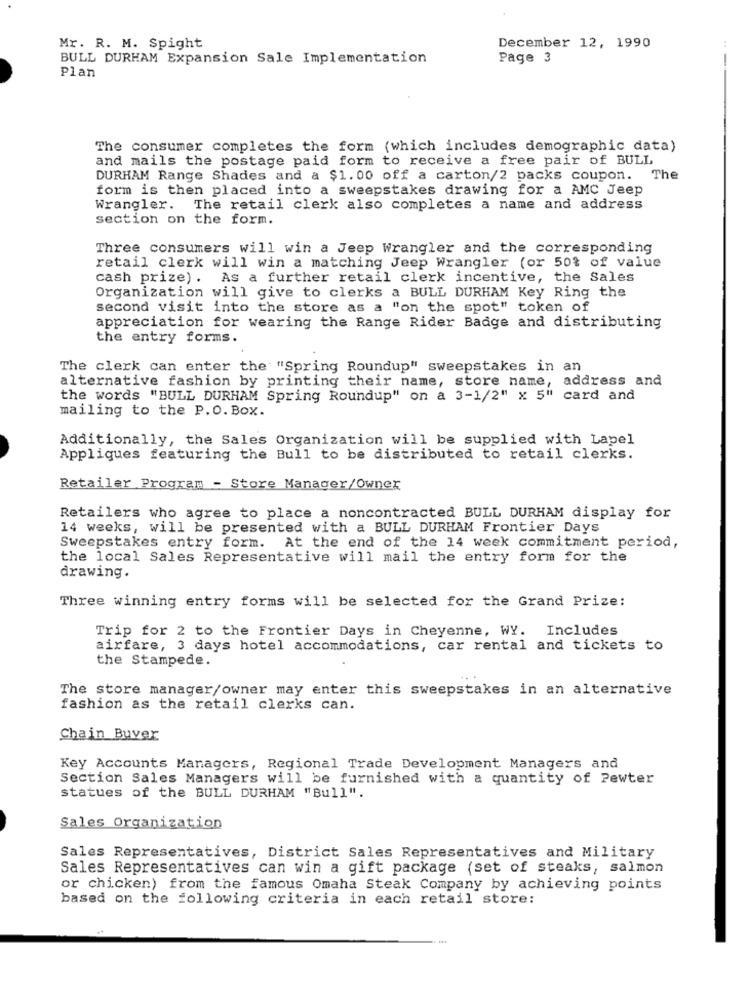
Mr. R. M. Spight
December 12, 1990
BULL DURHAM Expansion Sale Implementation
Page 3
-
Plan
The consumer completes the form (which includes demographic data)
and mails the postage paid form to receive a free pair of BULL
DURHAM Range Shades and a $1.00 off a carton/2 packs coupon. The
form is then placed into a sweepstakes drawing for a AMC Jeep
Wrangler. The retail clerk also completes a name and address
section on the form.
Three consumers will win a Jeep Wrangler and the corresponding
retail clerk will win a matching Jeep Wrangler (or 50% of value
cash prize) . As a further retail clerk incentive, the Sales
Organization will give to clerks a BULL DURHAM Key Ring the
second visit into the store as a "on the spot" token of
appreciation for wearing the Range Rider Badge and distributing
the entry forms.
The clerk can enter the "Spring Roundup" sweepstakes in an
alternative fashion by printing their name, store name, address and
the words "BULL DURHAM Spring Roundup" on a 3-1/2" x 5" card and
mailing to the P.O. Box.
Additionally, the Sales Organization will be supplied with Lapel
Appliques featuring the Bull to be distributed to retail clerks.
Retailer Program - Store Manager/Owner
Retailers who agree to place a noncontracted BULL DURHAM display for
14 weeks, will be presented with a BULL DURHAM Frontier Days
Sweepstakes entry form. At the end of the 14 week commitment period,
the local Sales Representative will mail the entry form for the
drawing.
Three winning entry forms will be selected for the Grand Prize:
Trip for 2 to the Frontier Days in Cheyenne, WY. Includes
airfare, 3 days hotel accommodations, car rental and tickets to
the Stampede.
The store manager/owner may enter this sweepstakes in an alternative
fashion as the retail clerks can.
Chain Buver
Key Accounts Managers, Regional Trade Development Managers and
Section Sales Managers will be furnished with a quantity of Pewter
statues of the BULL DURHAM "Bull".
Sales Organization
Sales Representatives, District Sales Representatives and Military
Sales Representatives can win a gift package (set of steaks, salmon
or chicken) from the famous Omaha Steak Company by achieving points
based on the following criteria in each retail store: